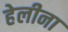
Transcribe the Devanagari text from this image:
हेलीना